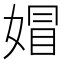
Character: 媢